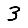
Digit: 3